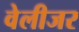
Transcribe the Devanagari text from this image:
वेलीजर